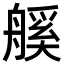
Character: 𦩶